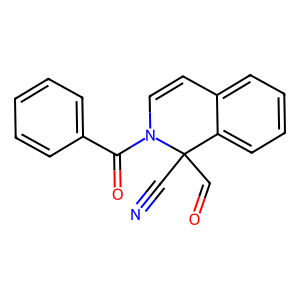
SMILES: N#CC1(C=O)c2ccccc2C=CN1C(=O)c1ccccc1
Inhibits HIV replication: No